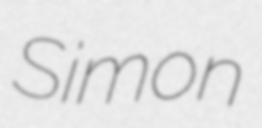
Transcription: Simon